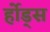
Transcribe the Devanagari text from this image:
र्होड्स